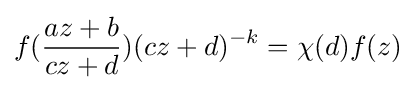
f({\frac {az+b}{cz+d}})(cz+d)^{-k}=\chi (d)f(z)